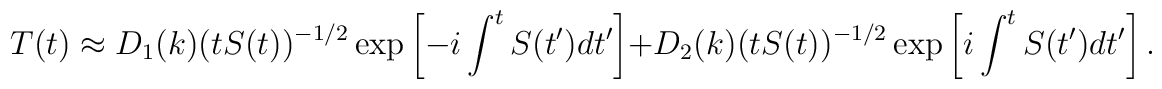
T(t) \approx D_1(k) (t S(t))^{-1/2} \exp\left[-i \int^t S(t') dt' \right]+D_2(k) (t S(t))^{-1/2} \exp\left[i \int^t S(t') dt' \right].